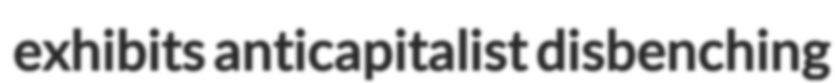
exhibits anticapitalist disbenching